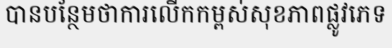
បានបន្ថែមថាការលើកកម្ពស់សុខភាពផ្លូវភេទ